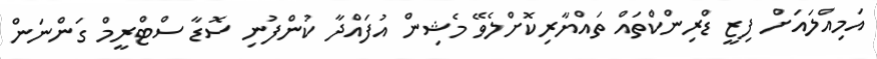
އަމިއްލައަށް ފިޒީ ޑްރިންކްތައް ތައްޔާރިކޮށްލެވޭ މެޝިން އުފައްދާ ކުންފުނި ސޮޑާ ސްޓްރީމް ގަންނަން